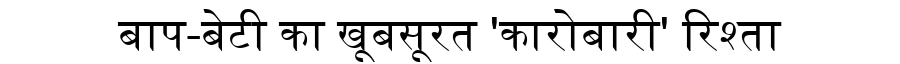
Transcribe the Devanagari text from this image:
बाप-बेटी का खूबसूरत 'कारोबारी' रिश्ता